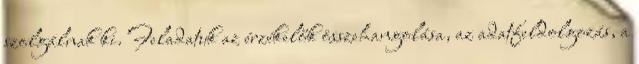
szolgálnak ki. Feladatuk az érzékelők összehangolása, az adatfeldolgozás, a